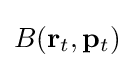
B(\mathbf {r} _{t},\mathbf {p} _{t})